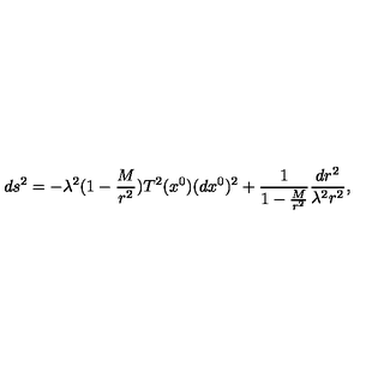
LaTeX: d s ^ { 2 } = - \lambda ^ { 2 } ( 1 - \frac { M } { r ^ { 2 } } ) T ^ { 2 } ( x ^ { 0 } ) ( d x ^ { 0 } ) ^ { 2 } + \frac { 1 } { 1 - \frac { M } { r ^ { 2 } } } \frac { d r ^ { 2 } } { \lambda ^ { 2 } r ^ { 2 } } ,